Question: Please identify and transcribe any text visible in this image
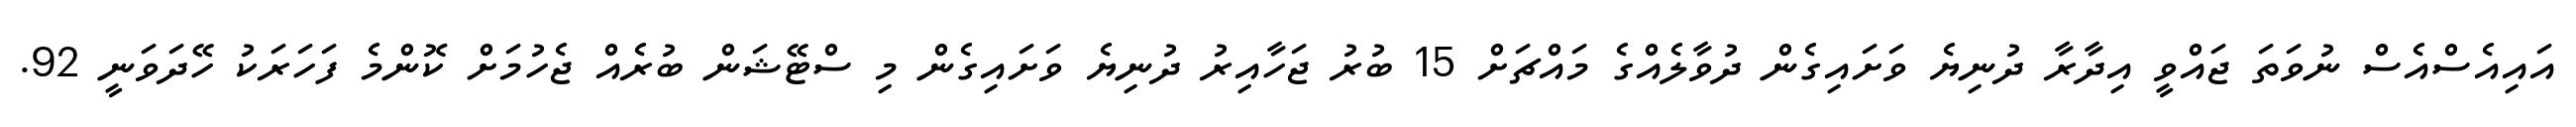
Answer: އައިއެސްއެސް ނުވަތަ ޖައްވީ އިދާރާ ދުނިޔެ ވަށައިގެން ދުވާލެއްގެ މައްޗަށް 15 ބުރު ޖަހާއިރު ދުނިޔެ ވަށައިގެން މި ސްޓޭޝަން ބުރެއް ޖެހުމަށް ކޮންމެ ފަހަރަކު ހޭދަވަނީ 92.